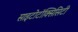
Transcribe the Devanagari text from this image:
साइटोटॉक्सिसिटी